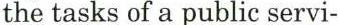
the tasks of a public servi-